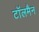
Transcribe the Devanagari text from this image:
टॉलमैन